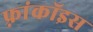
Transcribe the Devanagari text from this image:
फ़्रांकॉइस